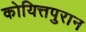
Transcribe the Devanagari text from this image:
कोयित्तपुरान